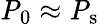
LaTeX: \mathrm{\mathit{P}_{0}}\approx\mathrm{\mathit{P}_{s}}